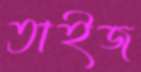
তাইজ